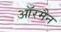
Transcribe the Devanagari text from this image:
ऑरमैन